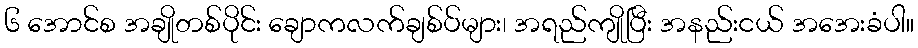
၆ အောင်စ အချိုတစ်ပိုင်း ချောကလက်ချစ်ပ်များ၊ အရည်ကျိုပြီး အနည်းငယ် အအေးခံပါ။